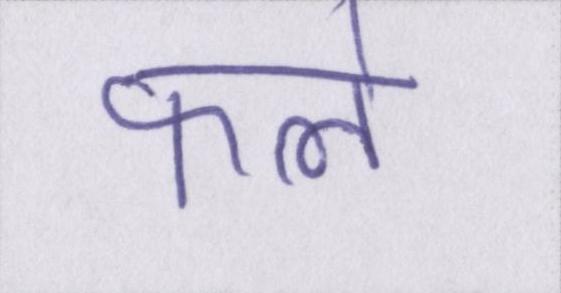
फले